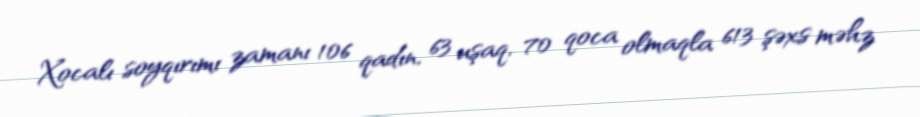
Xocalı soyqırımı zamanı 106 qadın, 63 uşaq, 70 qoca olmaqla 613 şəxs məhz